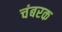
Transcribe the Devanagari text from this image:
चंबरक